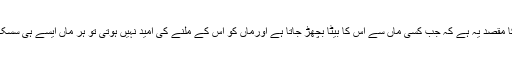
آپکو یہ واقعہ سنانے کا مقصد یہ ہے کہ جب کسی ماں سے اس کا بیٹا بچھڑ جاتا ہے اورماں کو اس کے ملنے کی امید نہیں ہوتی تو ہر ماں ایسے ہی سسک سسک کر مرتی ہے۔